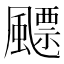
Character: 飃